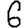
Digit: 6